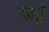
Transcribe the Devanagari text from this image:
खटूँ